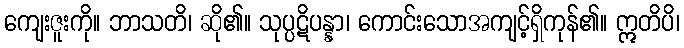
ကျေးဇူးကို။ ဘာသတိ၊ ဆို၏။ သုပ္ပဋိပန္နာ၊ ကောင်းသောအကျင့်ရှိကုန်၏။ ဣတိပိ၊